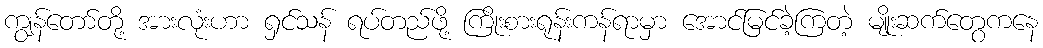
ကျွန်တော်တို့ အားလုံးဟာ ရှင်သန် ရပ်တည်ဖို့ ကြိုးစားရုန်းကန်ရာမှာ အောင်မြင်ခဲ့ကြတဲ့ မျိုးဆက်တွေကနေ